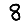
Digit: 8